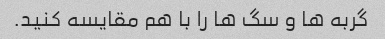
گربه ها و سگ ها را با هم مقایسه کنید.